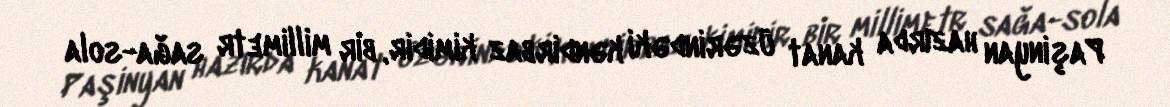
Paşinyan hazırda kanat üzərindəki kəndirbaz kimidir, bir millimetr sağa-sola